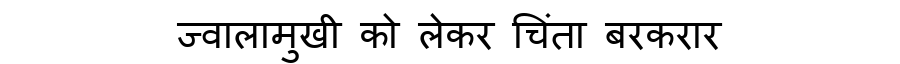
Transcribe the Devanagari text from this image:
ज्वालामुखी को लेकर चिंता बरकरार